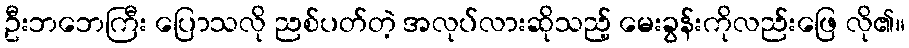
ဦးဘဘေကြီး ပြောသလို ညစ်ပတ်တဲ့ အလုပ်လားဆိုသည့် မေးခွန်းကိုလည်းဖြေ လို၏။